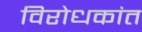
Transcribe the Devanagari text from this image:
विरोधकांत